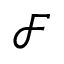
\mathscr { F }